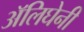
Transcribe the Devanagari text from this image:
अॅलिघेनी